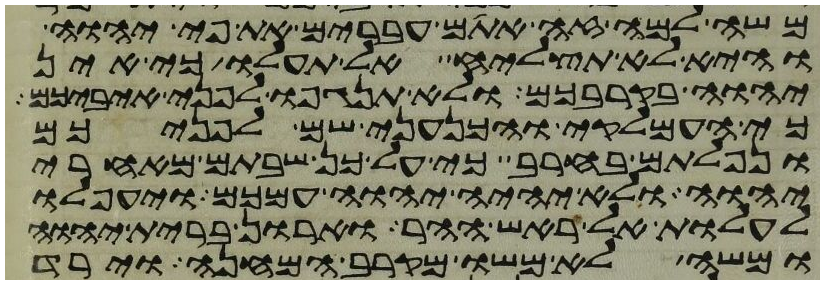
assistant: משה למה זה אתם עברים את פי יהוה
והיא לא תצליח אל תעלו כי אין
יהוה בקרבכם ולא תנגפו לפני איביכם
כי העמלקי והכנעני שם לפניכם
ונפלתם בחרב כי על כן שבתם מאחרי
יהוה ולא יהיה יהוה עמכם ויעפלו
לעלות אל ראש ההר וארון ברית יהוה
ומשה לא משו מקרב המחנה וירד